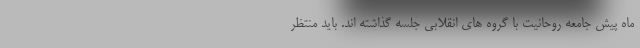
ماه پیش جامعه روحانیت با گروه های انقلابی جلسه گذاشته اند. باید منتظر